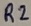
Text: R2